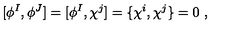
[ \phi ^ { I } , \phi ^ { J } ] = [ \phi ^ { I } , \chi ^ { j } ] = \{ \chi ^ { i } , \chi ^ { j } \} = 0 \ ,